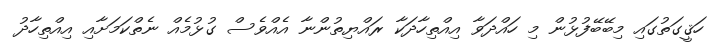
ހަޤީގަތުގައި މިބޭބޭފުޅުން މި ހައްދަވާ އިއްތިހާދަކާ ރައްޔިތުންނާ އެއްވެސް ގުޅުމެއް ނެތްކަމަށާއި އިއްތިހާދު